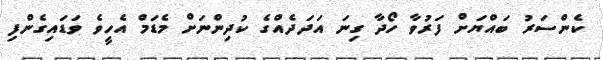
ކެންސަރު ބައްޔަށް ފަރުވާ ހޯދާ ގިނަ އަދަދެއްގެ ކުދިންނަށް މެޑަމް އެހީވެ ވަޑައިގެންފި